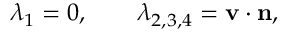
\lambda _ { 1 } = 0 , \qquad \lambda _ { 2 , 3 , 4 } = \mathbf { v } \cdot \mathbf { n } ,